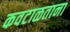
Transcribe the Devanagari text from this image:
कवटाळताना